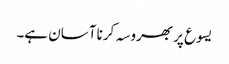
یسوع پر بھروسہ کرنا آسان ہے۔